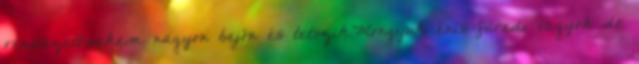
rendezett;nekem nagyon bejön és tetszik.Mongyuk énis füredi vagyok de